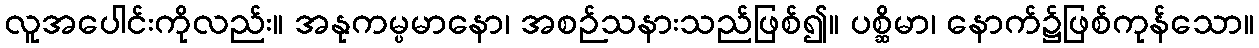
လူအပေါင်းကိုလည်း။ အနုကမ္ပမာနော၊ အစဉ်သနားသည်ဖြစ်၍။ ပစ္ဆိမာ၊ နောက်၌ဖြစ်ကုန်သော။